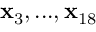
\mathbf { x } _ { 3 } , . . . , \mathbf { x } _ { 1 8 }